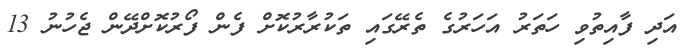
އަދި ފާއިތުވި ހަތަރު އަހަރުގެ ތެރޭގައި ތަކުރާރުކޮށް ފެން ފޯރުކޮށްދޭން ޖެހުނު 13